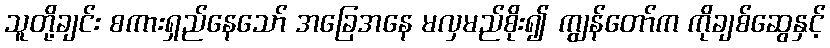
သူတို့ချင်း စကားရှည်နေသော် အခြေအနေ မလှမည်စိုး၍ ကျွန်တော်က ကိုချစ်ဆွေနှင့်